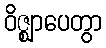
ဝိဇ္ဈာပေတွာ